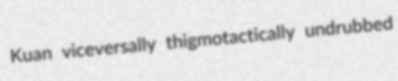
Kuan viceversally thigmotactically undrubbed